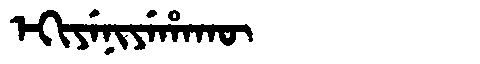
Manchu: ᡝᡴᡳᠶᡝᠨᡳᠶᡝᡥᠠᡴᡡ
Romanization: EKIYENIYEHAKŪ